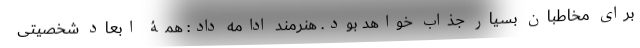
برای مخاطبان بسیار جذاب خواهد بود. هنرمند ادامه داد: همۀ ابعاد شخصیتی